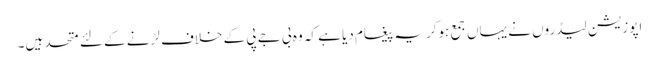
اپوزیشن لیڈروں نے یہاں جمع ہوکر یہ پیغام دیا ہے کہ وہ بی جے پی کے خلاف لڑنے کے لئے متحد ہیں۔